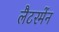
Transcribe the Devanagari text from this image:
लैटरमेंन